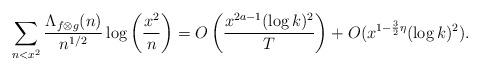
LaTeX: \begin{align*} \sum_{n<x^2}\frac{\Lambda_{f\otimes g}(n)}{n^{1/2}}\log\left(\frac{x^2}{n}\right)=O\left(\frac{x^{2a-1}(\log k)^2}{T}\right)+O(x^{1-\frac{3}{2}\eta}(\log k)^2).\end{align*}